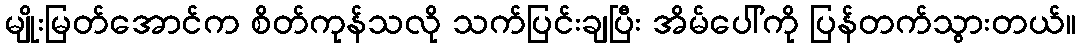
မျိုးမြတ်အောင်က စိတ်ကုန်သလို သက်ပြင်းချပြီး အိမ်ပေါ်ကို ပြန်တက်သွားတယ်။